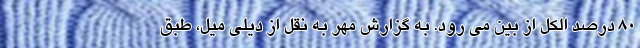
۸۰ درصد الکل از بین می رود. به گزارش مهر به نقل از دیلی میل، طبق